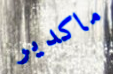
ماكدير